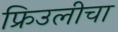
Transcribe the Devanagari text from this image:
फ्रिउलीचा